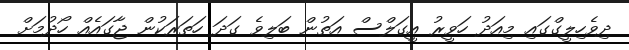
ދިވެހިލީގްގައި މިއަދު ހަވީރު އީގަލްސް އަތުން ބަލިވެ ގަދަ ހަތަރަކުން ޖާގައެއް ހޯދުމަށް